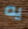
يه